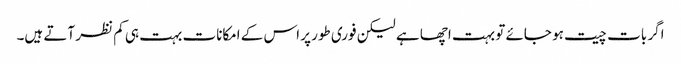
اگر بات چیت ہو جائے تو بہت اچھا ہے لیکن فوری طور پر اس کے امکانات بہت ہی کم نظر آتے ہیں۔